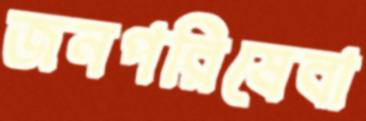
জনপরিষেবা